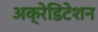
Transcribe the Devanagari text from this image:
अक्रेडिटेशन